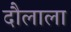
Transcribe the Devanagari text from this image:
दौलाला